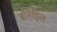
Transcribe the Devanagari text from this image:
बोनाइत